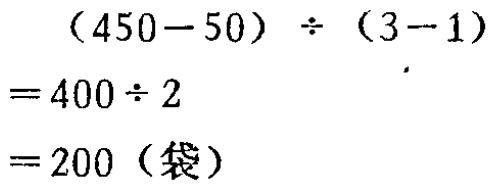
\[
\begin{align*}
&(450 - 50) \div (3 - 1)\\
=&400 \div 2\\
=&200 (\text{袋})
\end{align*}
\]